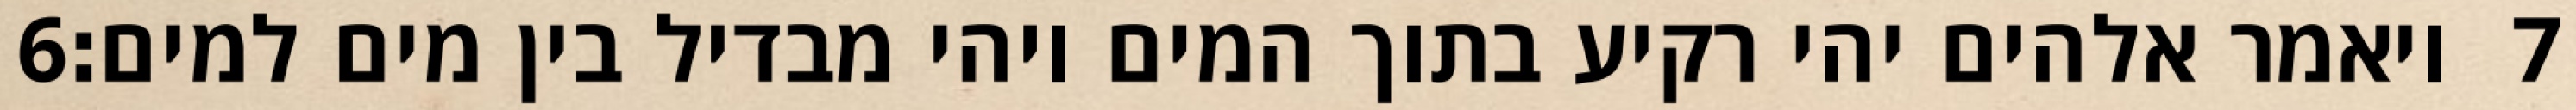
‎6‏ ויאמר אלהים יהי רקיע בתוך המים ויהי מבדיל בין מים למים׃ ‎7‏